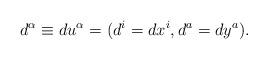
LaTeX: \begin{align*}d^{\alpha }\equiv du^{\alpha }=(d^{i}=dx^{i},d^{a}=dy^{a}). \end{align*}